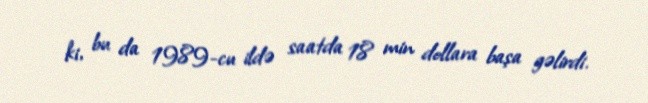
ki, bu da 1989-cu ildə saatda 18 min dollara başa gəlirdi.